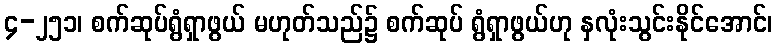
၄-၂၅၁၊ စက်ဆုပ်ရွံရှာဖွယ် မဟုတ်သည်၌ စက်ဆုပ် ရွံရှာဖွယ်ဟု နှလုံးသွင်းနိုင်အောင်၊